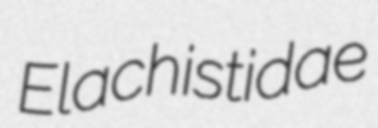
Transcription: Elachistidae